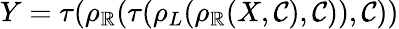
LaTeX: Y=\tau(\rho_{\mathbb{R}}(\tau(\rho_{L}(\rho_{\mathbb{R}}(X,\mathcal{C}),\mathcal{C})),\mathcal{C}))